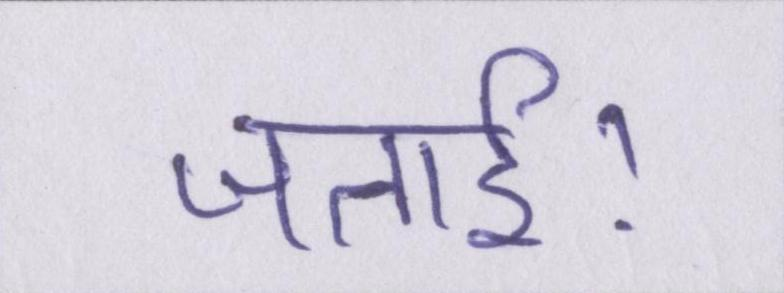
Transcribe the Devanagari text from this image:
जताई।